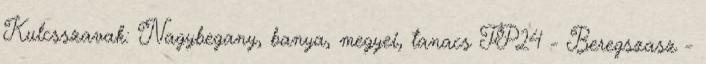
Kulcsszavak: Nagybegany, banya, megyei, tanacs FP24 - Beregszasz -